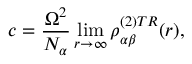
c = \frac { \Omega ^ { 2 } } { N _ { \alpha } } \operatorname* { l i m } _ { r \rightarrow \infty } \rho _ { \alpha \beta } ^ { ( 2 ) T R } ( r ) ,